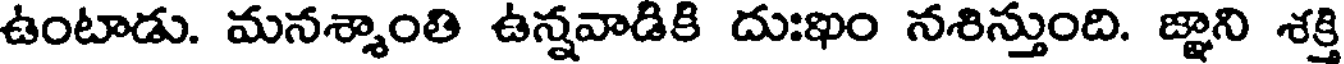
ఉంటాడు. మనశ్శాంతి ఉన్నవాడికి దుఃఖం నశిస్తుంది. జ్ఞాని శక్తి